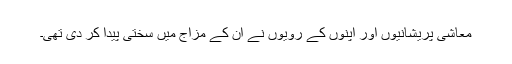
معاشی پریشانیوں اور اپنوں کے رویوں نے ان کے مزاج میں سختی پیدا کر دی تھی۔